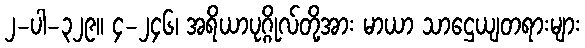
၂-ပါ-၃၂၉။ ၄-၂၄၆၊ အရိယာပုဂ္ဂိုလ်တို့အား မာယာ သာဌေယျတရားများ